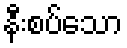
နီးစပ်သော